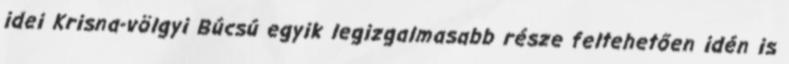
idei Krisna-völgyi Búcsú egyik legizgalmasabb része feltehetően idén is